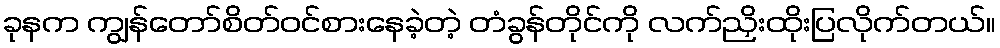
ခုနက ကျွန်တော်စိတ်ဝင်စားနေခဲ့တဲ့ တံခွန်တိုင်ကို လက်ညှိးထိုးပြလိုက်တယ်။